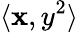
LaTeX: \langle\mathbf{x},y^{2}\rangle